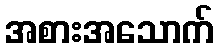
အစားအသောက်